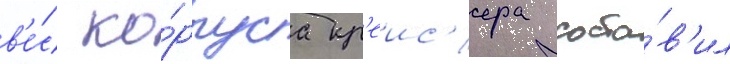
в'е́с ко́рпуса кр'еис'ера соста́в'ил